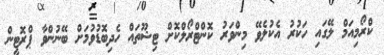
ކްރޯމިއަމް ލޭގައި ހަކުރު އެކުލެވޭ މިންވަރު ކޮންޓްރޯލްކޮށް ޓިޝޫތައް ހެދިބޮޑުވުމަށް ބޭނުންވާ ޕްރޮޓީން